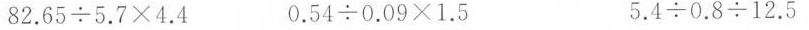
$$8 2 . 6 5 {\div} 5 . 7 \times 4 . 4$$ $$0 . 5 4 {\div} 0 . 0 9 \times 1 . 5$$ $$5 . 4 {\div} 0 . 8 {\div} 1 2 . 5$$